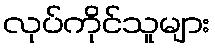
လုပ်ကိုင်သူများ